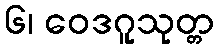
၆၊ ဝေဒဂူသုတ္တ